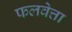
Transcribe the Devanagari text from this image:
फलवेत्ता